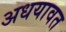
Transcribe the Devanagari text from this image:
अधयावत